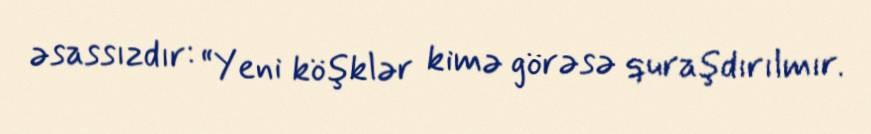
əsassızdır: “Yeni köşklər kimə görəsə quraşdırılmır.